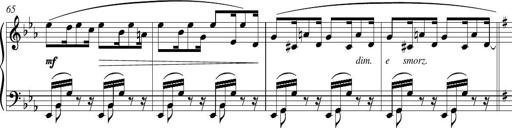
Title: Piano Sonatina in G major
Composer: Johan Peter Emilius Hartmann
Key: G major